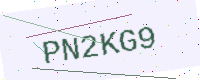
Text: PN2KG9